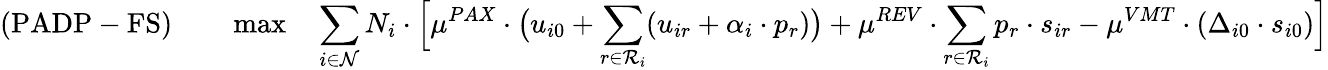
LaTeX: (\mathrm{PADP-FS})\qquad\operatorname*{max}\quad\sum_{i\in\mathcal{N}}N_{i}\cdot\Big[\mu^{PAX}\cdot\big(u_{i0}+\sum_{r\in\mathcal{R}_{i}}(u_{ir}+\alpha_{i}\cdot p_{r})\big)+\mu^{REV}\cdot\sum_{r\in\mathcal{R}_{i}}p_{r}\cdot s_{ir}-\mu^{VMT}\cdot(\Delta_{i0}\cdot s_{i0})\Big]